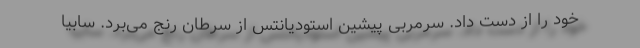
خود را از دست داد. سرمربی پیشین استودیانتس از سرطان رنج می‌برد. سابیا